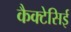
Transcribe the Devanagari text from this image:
कैक्टेसिई